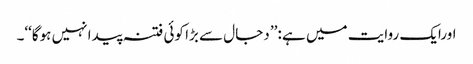
اورایک روایت میں ہے :’’ دجال سے بڑا کوئی فتنہ پیدا نہیں ہوگا‘‘۔